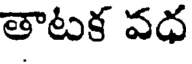
తాటక వధ